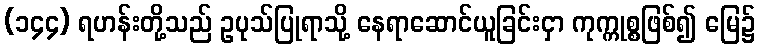
(၁၄၄) ရဟန်းတို့သည် ဥပုသ်ပြုရာသို့ နေရာဆောင်ယူခြင်းငှာ ကုက္ကုစ္စဖြစ်၍ မြေ၌